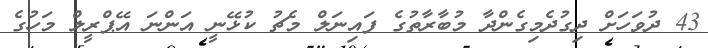
43 ދުވަހަށް ދިގުދެމިގެންދާ މުބާރާތުގެ ފައިނަލް މެޗު ކުޅޭނީ އަންނަ އޭޕްރީލް މަހުގެ